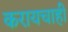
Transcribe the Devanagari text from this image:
करायचाही